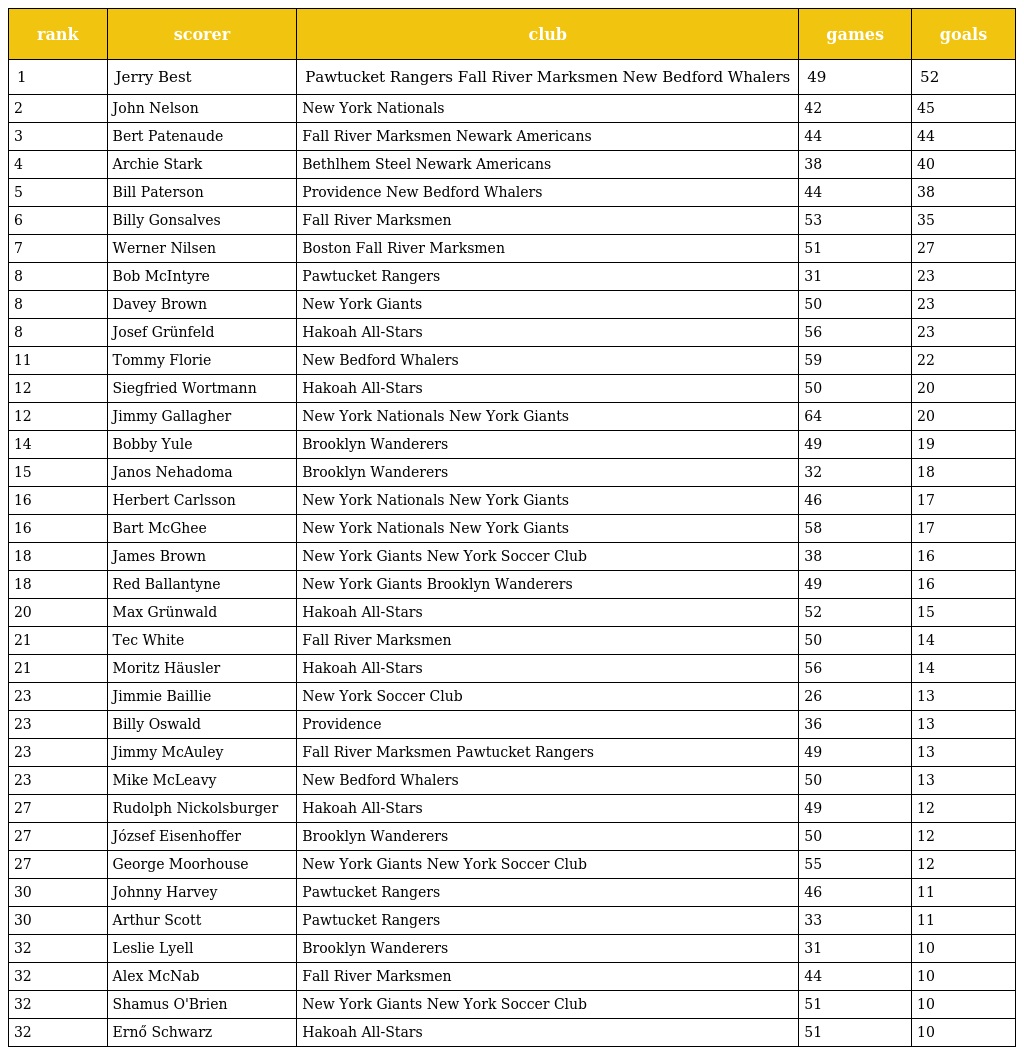
| rank | scorer | club | games | goals |
 | --- | --- | --- | --- | --- |
 | 1 | Jerry Best | Pawtucket Rangers Fall River Marksmen New Bedford Whalers | 49 | 52 |
 | 2 | John Nelson | New York Nationals | 42 | 45 |
 | 3 | Bert Patenaude | Fall River Marksmen Newark Americans | 44 | 44 |
 | 4 | Archie Stark | Bethlhem Steel Newark Americans | 38 | 40 |
 | 5 | Bill Paterson | Providence New Bedford Whalers | 44 | 38 |
 | 6 | Billy Gonsalves | Fall River Marksmen | 53 | 35 |
 | 7 | Werner Nilsen | Boston Fall River Marksmen | 51 | 27 |
 | 8 | Bob McIntyre | Pawtucket Rangers | 31 | 23 |
 | 8 | Davey Brown | New York Giants | 50 | 23 |
 | 8 | Josef Grünfeld | Hakoah All-Stars | 56 | 23 |
 | 11 | Tommy Florie | New Bedford Whalers | 59 | 22 |
 | 12 | Siegfried Wortmann | Hakoah All-Stars | 50 | 20 |
 | 12 | Jimmy Gallagher | New York Nationals New York Giants | 64 | 20 |
 | 14 | Bobby Yule | Brooklyn Wanderers | 49 | 19 |
 | 15 | Janos Nehadoma | Brooklyn Wanderers | 32 | 18 |
 | 16 | Herbert Carlsson | New York Nationals New York Giants | 46 | 17 |
 | 16 | Bart McGhee | New York Nationals New York Giants | 58 | 17 |
 | 18 | James Brown | New York Giants New York Soccer Club | 38 | 16 |
 | 18 | Red Ballantyne | New York Giants Brooklyn Wanderers | 49 | 16 |
 | 20 | Max Grünwald | Hakoah All-Stars | 52 | 15 |
 | 21 | Tec White | Fall River Marksmen | 50 | 14 |
 | 21 | Moritz Häusler | Hakoah All-Stars | 56 | 14 |
 | 23 | Jimmie Baillie | New York Soccer Club | 26 | 13 |
 | 23 | Billy Oswald | Providence | 36 | 13 |
 | 23 | Jimmy McAuley | Fall River Marksmen Pawtucket Rangers | 49 | 13 |
 | 23 | Mike McLeavy | New Bedford Whalers | 50 | 13 |
 | 27 | Rudolph Nickolsburger | Hakoah All-Stars | 49 | 12 |
 | 27 | József Eisenhoffer | Brooklyn Wanderers | 50 | 12 |
 | 27 | George Moorhouse | New York Giants New York Soccer Club | 55 | 12 |
 | 30 | Johnny Harvey | Pawtucket Rangers | 46 | 11 |
 | 30 | Arthur Scott | Pawtucket Rangers | 33 | 11 |
 | 32 | Leslie Lyell | Brooklyn Wanderers | 31 | 10 |
 | 32 | Alex McNab | Fall River Marksmen | 44 | 10 |
 | 32 | Shamus O'Brien | New York Giants New York Soccer Club | 51 | 10 |
 | 32 | Ernő Schwarz | Hakoah All-Stars | 51 | 10 |